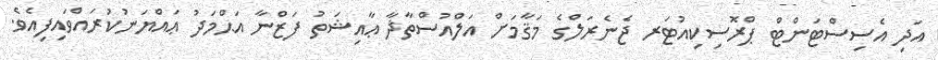
އަދި އެސިސްޓަންޓް ޕްރޮސިކިއުޓަރ ޖެނެރަލްގެ މަޤާމަށް އަލްއުސްތާޛާ ޢާއިޝަތު ފަޒްނާ އަޙްމަދު ޢައްޔަނުކުރައްވައިފިއެވެ.